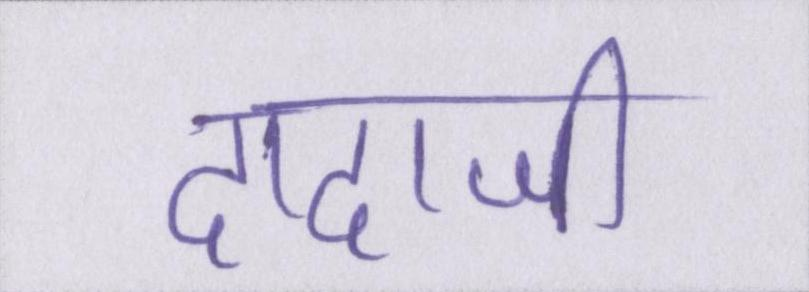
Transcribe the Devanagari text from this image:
दादाजी